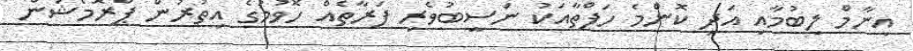
އިނާމް ލިބުމާއި އަދި ކޮންމެ ހަފްތާއަކު ނަސީބުވެރި ފަރާތެއް ހޮވުމުގެ އިތުރުން ޕްރޮމޯޝަން